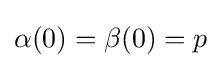
\alpha (0)=\beta (0)=p